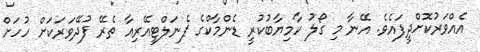
އެއްވަރުކޮށްދީފައެވެ. އޭނާ މި ގޯލު ކާމިޔާބުކުރީ ޑެންމާކްގެ ޕެނަލްޓީއޭރިއާ ތެރޭ ފުދޭވަރަކަށް ހުހަށް